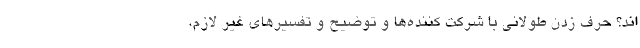
اند؟ حرف زدن طولانی با شرکت کننده‌ها و توضیح و تفسیرهای غیر لازم،